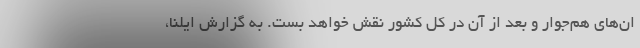
ان‌های هم‌جوار و بعد از آن در کل کشور نقش خواهد بست. به گزارش ایلنا،